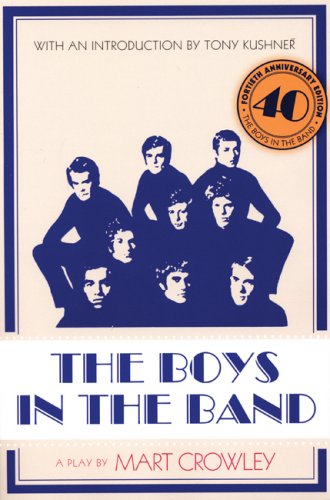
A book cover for The Boys in the Band: 40th Anniversary Edition; Mart Crowley; Literature & Fiction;